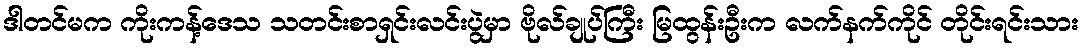
ဒါတင်မက ကိုးကန့်ဒေသ သတင်းစာရှင်းလင်းပွဲမှာ ဗိုလ်ချုပ်ကြီး မြထွန်းဦးက လက်နက်ကိုင် တိုင်းရင်းသား